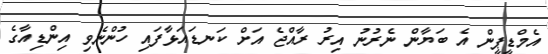
އެމްޑީޕީން އެ ބަޔާން ނެރުނު އިރު ރާއްޖެ އަށް ކަނޑައަޅާފައި ހުންނެވި އިންޑިއާގެ